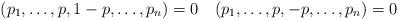
LaTeX: \begin{align*}(p_1,\ldots,p,1-p,\ldots,p_n)=0 \quad(p_1,\ldots,p,-p,\ldots,p_n)=0\end{align*}